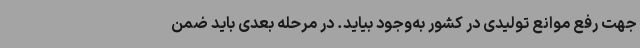
جهت رفع موانع تولیدی در کشور به‌وجود بیاید. در مرحله بعدی باید ضمن